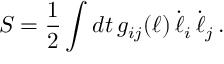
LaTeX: S = { \frac { 1 } { 2 } } \int d t \, g _ { i j } ( \ell ) \, \dot { \ell } _ { i } \, \dot { \ell } _ { j } \, .